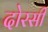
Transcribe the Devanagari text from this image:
दोरसी